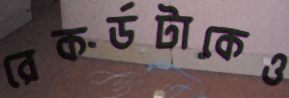
রেকর্ডটাকেও